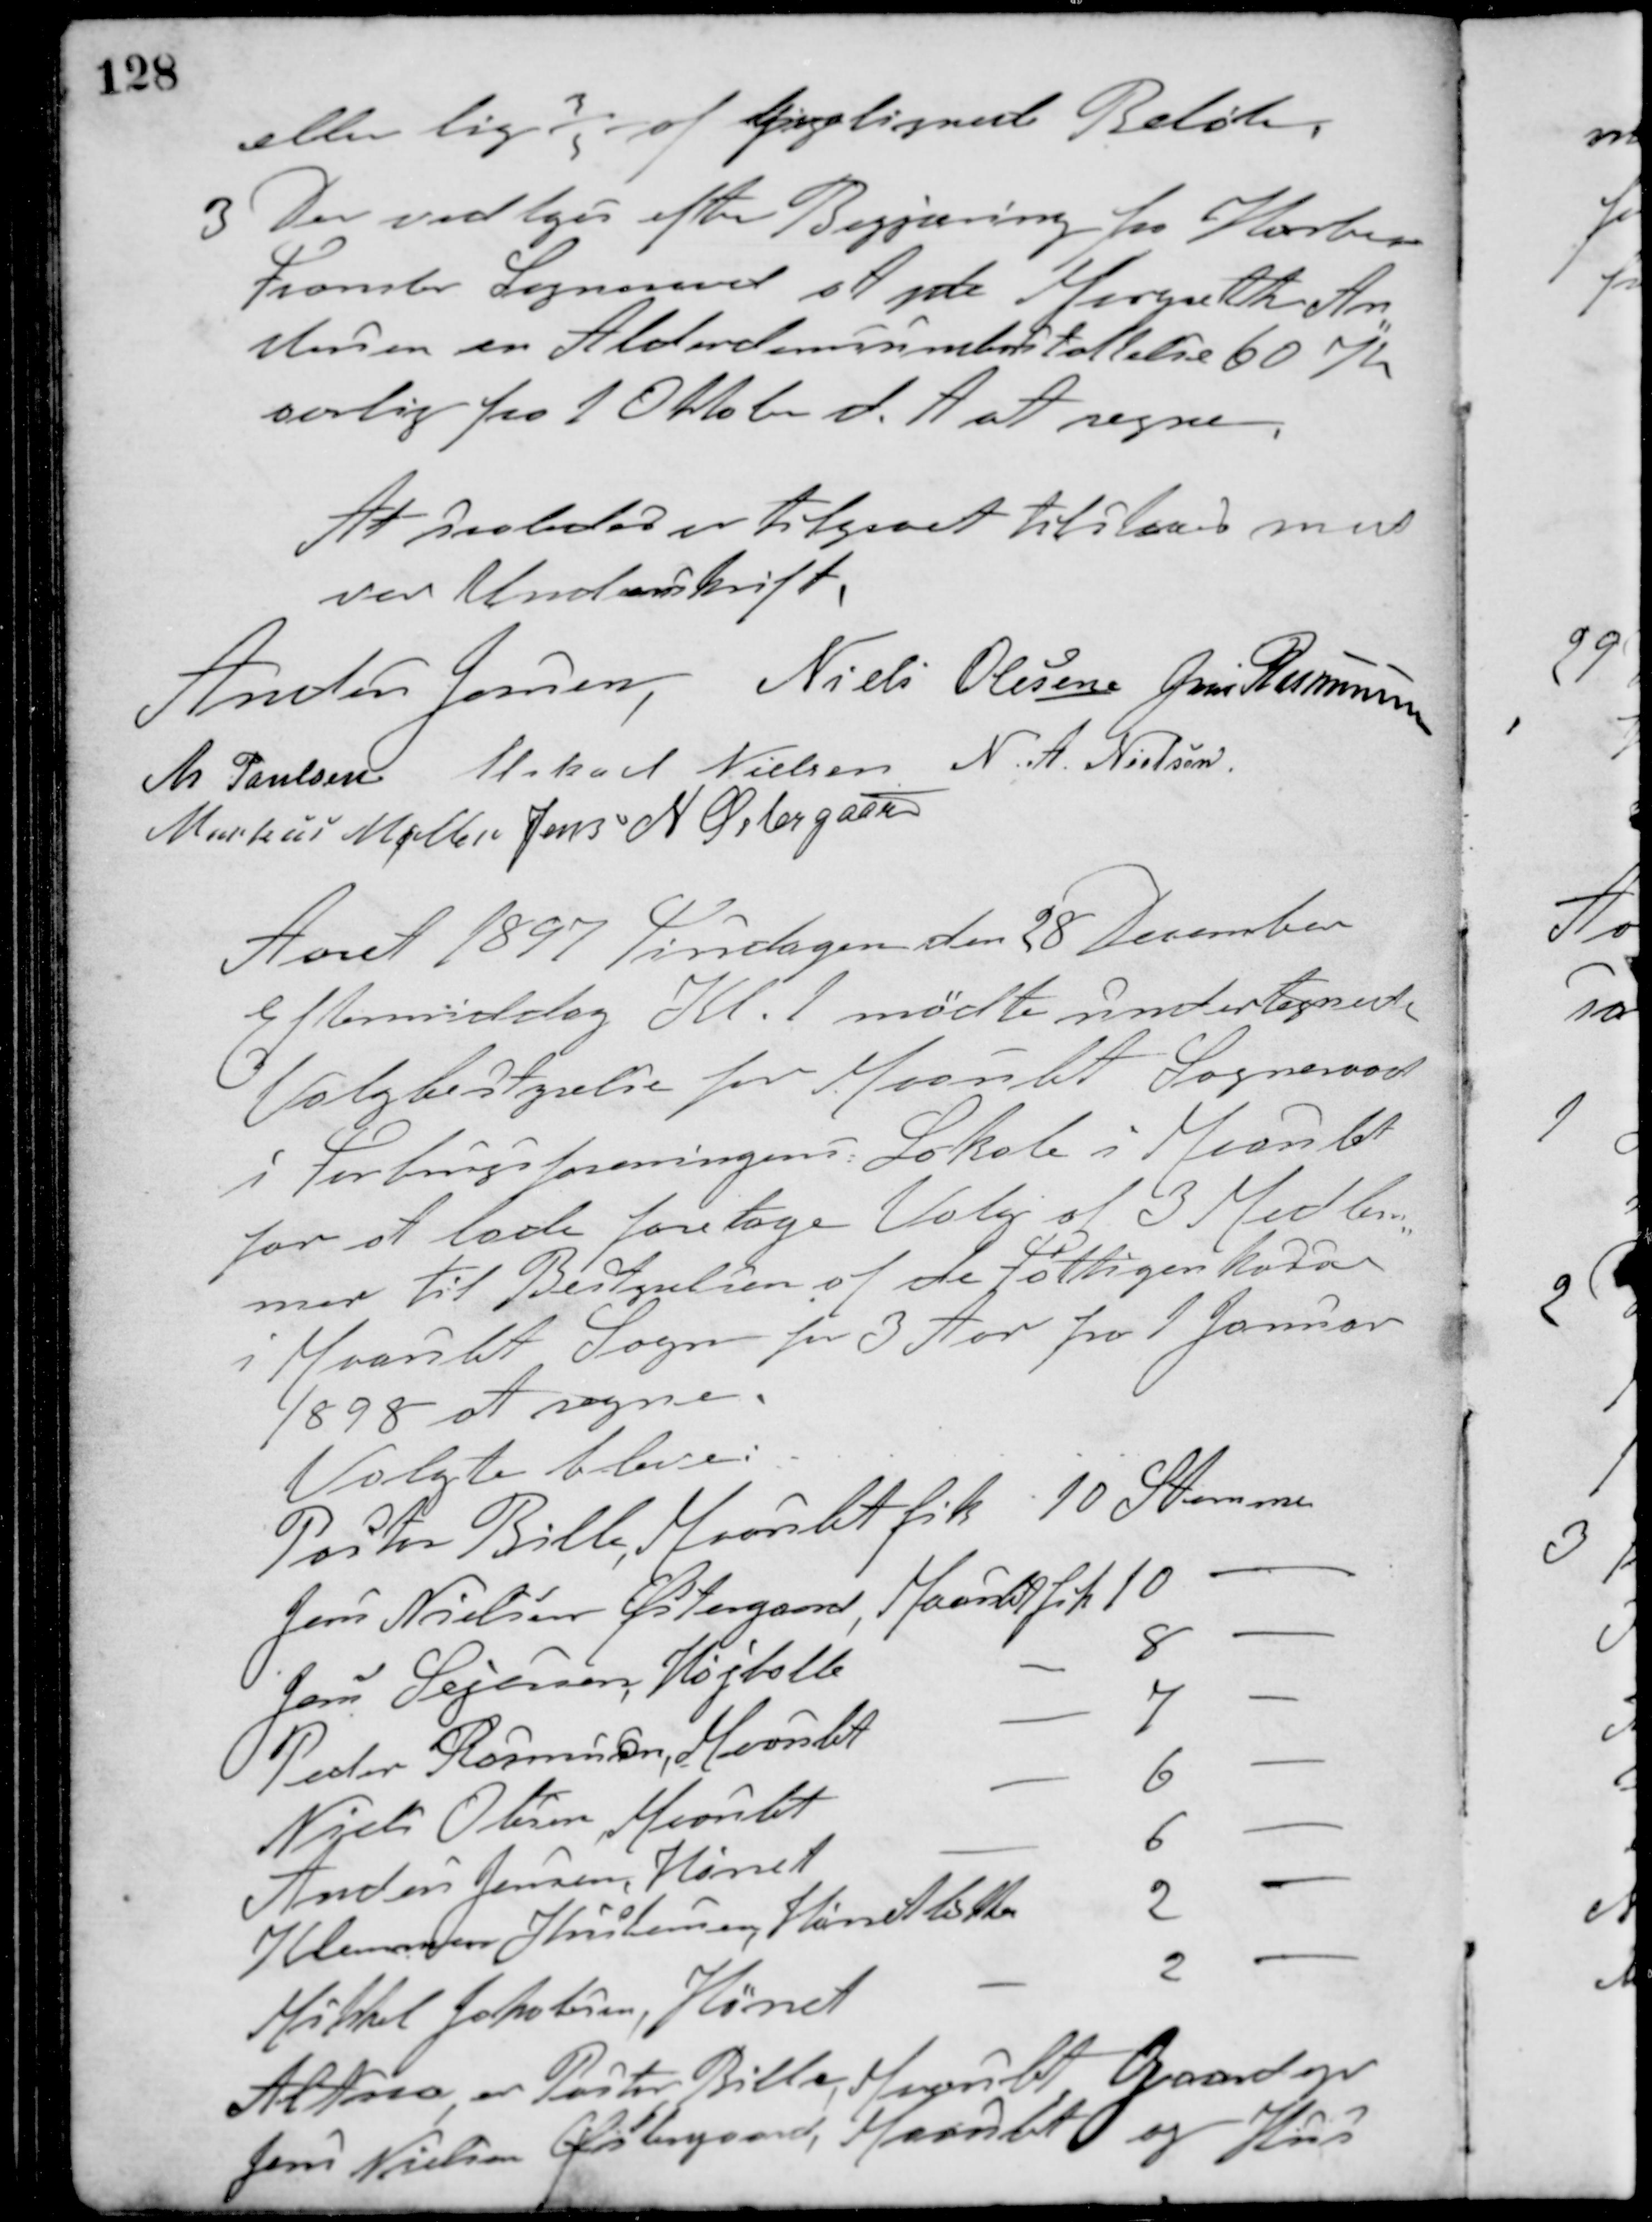
Transskription:
eller lig 3/5 af Ligelignet Beløb.
3. Der vedtoges efter Begjæring fra Harlev-
Framlev Sogneraad at yde Margrethe An-
dersen en Alderdomsunderstøttelse 60 Kr
aarlig fra 1 Oktober d. A at regne.
At saaledes er tilgaaet tilstaaes med
vor Underskrift.
Anders Jensen Niels Olesen Jens Rasmussen
M. Poulsen Mikael Nielsen N. A. Nielsen
Markus Møller Jens N. Østergaard
Aaret 1897 Tirsdagen den 28 December
Eftermiddag Kl. 1 mødte undertegnede
Valgbestyrelse for Maarslet Sogneraad
i Forbrugsforeningens Lokale i Maarslet
for at lade foretage Valg af 3 Medlem-
mer til Bestyrelsen af de fattiges kasse
i Maarslet Sogn for 3 Aar fra 1 Januar
1898 at regne.
Valgte bleve:
Pastor Bille, Maarslet fik 10 Stemmer
Jens Nielsen Østergaard, Maarslet fik 10 -
Jens Sejersen, Højballe - 8 -
Peder Rasmussen, Maarslet - 7 -
Niels Olesen, Maarslet - 6 -
Anders Jensen, Hørret - 6 -
Klemmens Kristensen, Hørretløkken 2 -
Mikkel Jakobsen, Hørret - 2 -
Altsaa er Pastor Bille, Maarslet, Gaardejer
Jens Nielsen Østergaard, Maarslet og Hus-